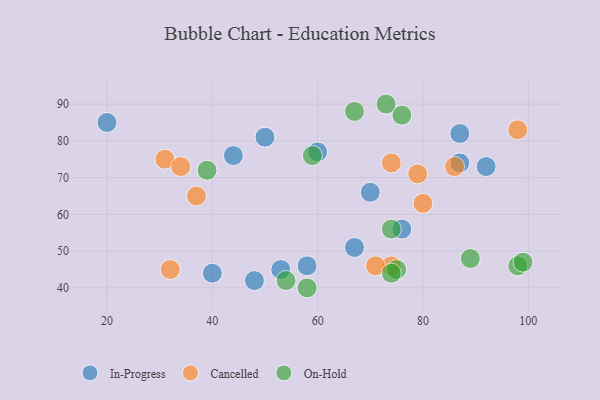
{"axis": {"x": "GDP", "y": "Life Expectancy"}, "legend": ["Cancelled", "In-Progress", "On-Hold"], "data": [{"x": "58", "y": 46, "type": "In-Progress"}, {"x": "40", "y": 44, "type": "In-Progress"}, {"x": "53", "y": 45, "type": "In-Progress"}, {"x": "44", "y": 76, "type": "In-Progress"}, {"x": "87", "y": 82, "type": "In-Progress"}, {"x": "67", "y": 51, "type": "In-Progress"}, {"x": "48", "y": 42, "type": "In-Progress"}, {"x": "20", "y": 85, "type": "In-Progress"}, {"x": "70", "y": 66, "type": "In-Progress"}, {"x": "60", "y": 77, "type": "In-Progress"}, {"x": "50", "y": 81, "type": "In-Progress"}, {"x": "92", "y": 73, "type": "In-Progress"}, {"x": "87", "y": 74, "type": "In-Progress"}, {"x": "76", "y": 56, "type": "In-Progress"}, {"x": "74", "y": 46, "type": "Cancelled"}, {"x": "37", "y": 65, "type": "Cancelled"}, {"x": "79", "y": 71, "type": "Cancelled"}, {"x": "71", "y": 46, "type": "Cancelled"}, {"x": "31", "y": 75, "type": "Cancelled"}, {"x": "74", "y": 74, "type": "Cancelled"}, {"x": "32", "y": 45, "type": "Cancelled"}, {"x": "98", "y": 83, "type": "Cancelled"}, {"x": "34", "y": 73, "type": "Cancelled"}, {"x": "80", "y": 63, "type": "Cancelled"}, {"x": "86", "y": 73, "type": "Cancelled"}, {"x": "39", "y": 72, "type": "On-Hold"}, {"x": "74", "y": 56, "type": "On-Hold"}, {"x": "58", "y": 40, "type": "On-Hold"}, {"x": "59", "y": 76, "type": "On-Hold"}, {"x": "98", "y": 46, "type": "On-Hold"}, {"x": "54", "y": 42, "type": "On-Hold"}, {"x": "76", "y": 87, "type": "On-Hold"}, {"x": "75", "y": 45, "type": "On-Hold"}, {"x": "73", "y": 90, "type": "On-Hold"}, {"x": "99", "y": 47, "type": "On-Hold"}, {"x": "67", "y": 88, "type": "On-Hold"}, {"x": "89", "y": 48, "type": "On-Hold"}, {"x": "74", "y": 44, "type": "On-Hold"}]}